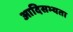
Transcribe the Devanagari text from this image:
आदिसभ्‍यता